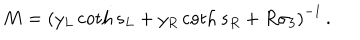
M = \left( y _ { L } \coth s _ { L } + y _ { R } \coth s _ { R } + R \sigma _ { 3 } \right) ^ { - 1 } \, .